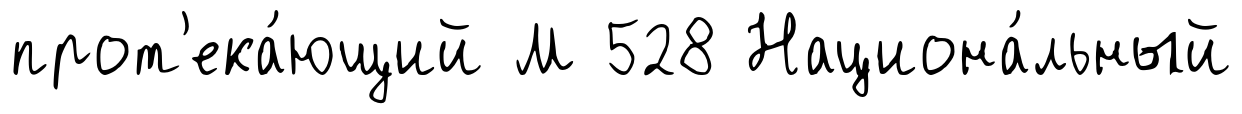
прот'ека́ющий М 528 Национа́льный